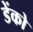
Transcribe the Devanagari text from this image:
डेंको